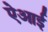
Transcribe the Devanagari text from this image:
ऐआई